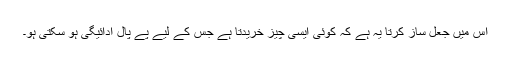
اس میں جعل ساز کرتا یہ ہے کہ کوئی ایسی چیز خریدتا ہے جس کے لیے پے پال ادائیگی ہو سکتی ہو۔